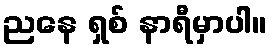
ညနေ ရှစ် နာရီမှာပါ။